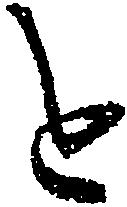
を